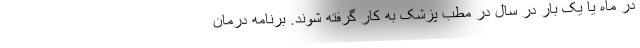
در ماه یا یک بار در سال در مطب پزشک به کار گرفته شوند. برنامه درمان